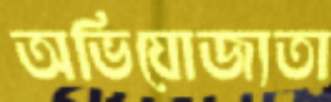
অভিযোজ্যতা